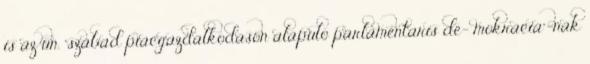
is az un. "szabad piacgazdalkodason alapulo parlamentaris de- mokracia"-nak